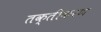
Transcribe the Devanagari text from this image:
तक्तीकरण